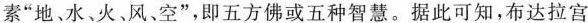
素“地水、火、风、空”，即五方佛或五种智慧。据此可知，布达拉宫